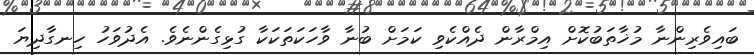
ބައިވެރިންނާ މުޚާތަބުކޮށް އިމްރާން ދެއްކެވި ކަމަށް ބުނާ ވާހަކަތަކަކާ ގުޅިގެންނެވެ. އެދުވަހު ހިނގާދިޔަ